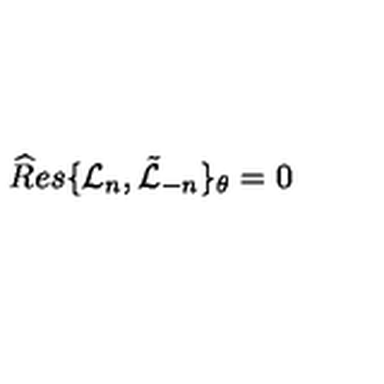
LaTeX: { \widehat R e s } \{ { \mathcal L } _ { n } , \tilde { \mathcal L } _ { - n } \} _ { \theta } = 0